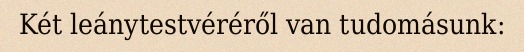
Két leánytestvéréről van tudomásunk: